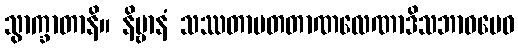
သွာက္ခာတာနိ။ နိဗ္ဗာနံ သဿတာမတတာဏလေဏာဒိသဘာဝမေဝ